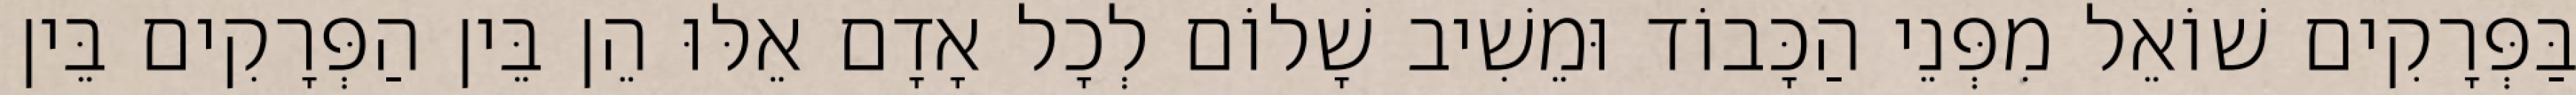
בַּפְּרָקִים שׁוֹאֵל מִפְּנֵי הַכָּבוֹד וּמֵשִׁיב שָׁלוֹם לְכָל אָדָם אֵלּוּ הֵן בֵּין הַפְּרָקִים בֵּין